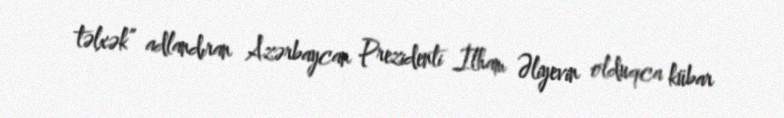
təlxək” adlandıran Azərbaycan Prezidenti İlham Əliyevin olduqca kübar